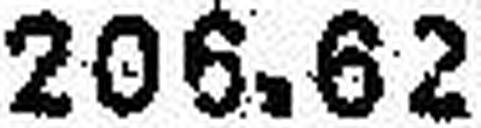
206.62